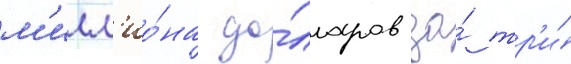
м'илл'ио́на до́лларов за́ тр'и́